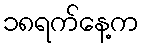
၁၈ရက်နေ့က